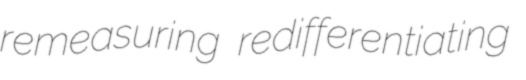
remeasuring redifferentiating